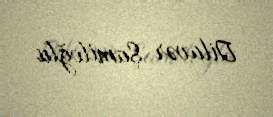
Dilavər Şamiloğlu